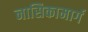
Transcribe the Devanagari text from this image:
नासिकामार्ग